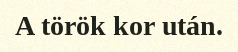
A török kor után.